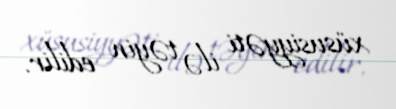
xüsusiyyəti ilə təyin edilir.